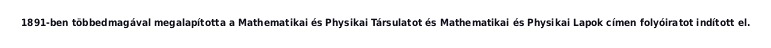
1891-ben többedmagával megalapította a Mathematikai és Physikai Társulatot és Mathematikai és Physikai Lapok címen folyóiratot indított el.